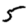
Digit: 5